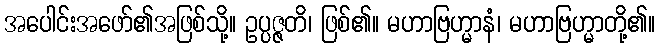
အပေါင်းအဖော်၏အဖြစ်သို့။ ဥပ္ပဇ္ဇတိ၊ ဖြစ်၏။ မဟာဗြဟ္မာနံ၊ မဟာဗြဟ္မာတို့၏။